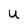
Character: u